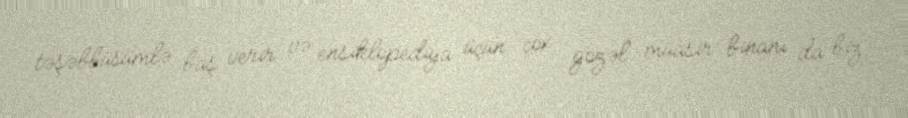
təşəbbüsümlə baş verir və ensiklopediya üçün çox gözəl müasir binanı da biz